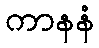
ကာနနံ